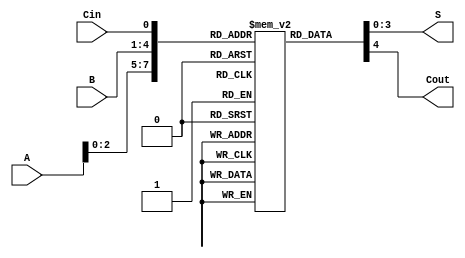
module BCD_LUT_Adder (
    input  wire [3:0] A,      // 4-bit BCD input A
    input  wire [3:0] B,      // 4-bit BCD input B
    input  wire       Cin,     // 1-bit carry-in
    output reg  [3:0] S,       // 4-bit BCD sum output
    output reg       Cout      // 1-bit carry-out
);

// LUT for BCD addition (256 entries for all combinations of A, B, Cin)
reg [4:0] LUT [0:255];  // 5-bit output to accommodate the sum and carry-out

initial begin
    // Populate the LUT with BCD addition results
    // Format: LUT[address] = {Cout, S}
    // A and B are 4-bit values, Cin is 1-bit, so address = (A << 2) | (B << 1) | Cin
    // Example for A = 0, B = 0, Cin = 0
    LUT[0]   = 5'b00000; // 0 + 0 + 0 = 0, Cout = 0
    LUT[1]   = 5'b00001; // 0 + 0 + 1 = 1, Cout = 0
    LUT[2]   = 5'b00010; // 0 + 1 + 0 = 1, Cout = 0
    // ... (Fill in all combinations for A, B, and Cin)
    LUT[10]  = 5'b00010; // 0 + 2 + 0 = 2, Cout = 0
    LUT[11]  = 5'b00011; // 0 + 2 + 1 = 3, Cout = 0
    // Continue filling in the LUT based on BCD addition rules
    // When the sum exceeds 9, we need to add 6 and set Cout to 1
    // Example for sums that need adjustment
    LUT[15]  = 5'b00011; // 0 + 9 + 0 = 9, Cout = 0
    LUT[16]  = 5'b10000; // 0 + 10 + 0 = 10, Cout = 1 (10 in BCD = 0001 0000)
    LUT[17]  = 5'b10001; // 0 + 10 + 1 = 11, Cout = 1 (11 in BCD = 0001 0001)
    // Continue filling out the LUT for all combinations...

    // For example:
    // LUT[255] = 5'b10011; // Max case for A = 9, B = 9, Cin = 1
end

// Compute the address for LUT based on inputs A, B, and Cin
wire [7:0] address;
assign address = {A, B, Cin};

// Always block to read from LUT
always @(*) begin
    {Cout, S} = LUT[address];  // Read the LUT entry
end

endmodule